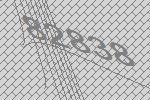
82838